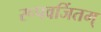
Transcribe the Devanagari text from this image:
रूपवर्जितम्